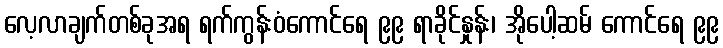
လေ့လာချက်တစ်ခုအရ ရက်ကွန်းဝံကောင်ရေ ၉၉ ရာခိုင်နှုန်း၊ အိုပေါ့ဆမ် ကောင်ရေ ၉၉